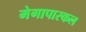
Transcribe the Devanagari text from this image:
मेगापास्कल